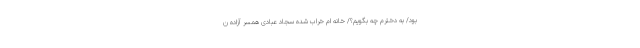
بود/ به دخترم چه بگویم؟/ خانه ام خراب شده سجاد عبادی همسر آزاده ن